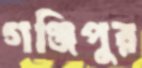
গঞ্জিপুর